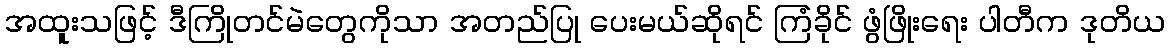
အထူးသဖြင့် ဒီကြိုတင်မဲတွေကိုသာ အတည်ပြု ပေးမယ်ဆိုရင် ကြံခိုင် ဖွံဖြိုးရေး ပါတီက ဒုတိယ